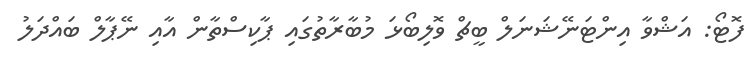
ފޮޓޯ: އަޝްވާ އިންޓަނޭޝަނަލް ބީޗް ވޮލިބޯޅަ މުބާރާތުގައި ޕާކިސްތާން އާއި ނޭޕާލް ބައްދަލު